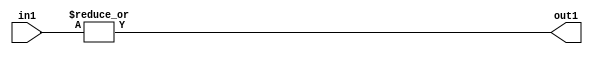
`timescale 1ps / 1ps
/*****************************************************************************
    Verilog RTL Description
    
    
    Created by: Stratus DpOpt 2019.1.01 
*******************************************************************************/

module pe_array_OrReduction_8U_1U_4_0 (
	in1,
	out1
	); /* architecture "behavioural" */ 
input [7:0] in1;
output  out1;
wire  asc001;

assign asc001 = 
	(|in1);

assign out1 = asc001;
endmodule

/* CADENCE  urb2SgA= : u9/ySgnWtBlWxVPRXgAZ4Og= ** DO NOT EDIT THIS LINE ******/